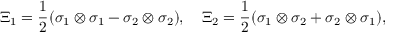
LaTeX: \Xi _ { 1 } = \frac { 1 } { 2 } ( \sigma _ { 1 } \otimes \sigma _ { 1 } - \sigma _ { 2 } \otimes \sigma _ { 2 } ) , \quad \Xi _ { 2 } = \frac { 1 } { 2 } ( \sigma _ { 1 } \otimes \sigma _ { 2 } + \sigma _ { 2 } \otimes \sigma _ { 1 } ) ,